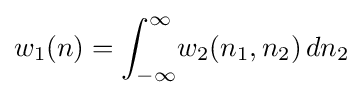
w_{1}(n)=\int _{-\infty }^{\infty }\!w_{2}(n_{1},n_{2})\,dn_{2}